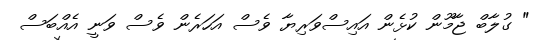
" ގުލާބް ޖާމޫން ކުޅެން އައިސްވަރިޔާ ވެސް އަހަރެން ވެސް ވަނީ އެއްބަސް